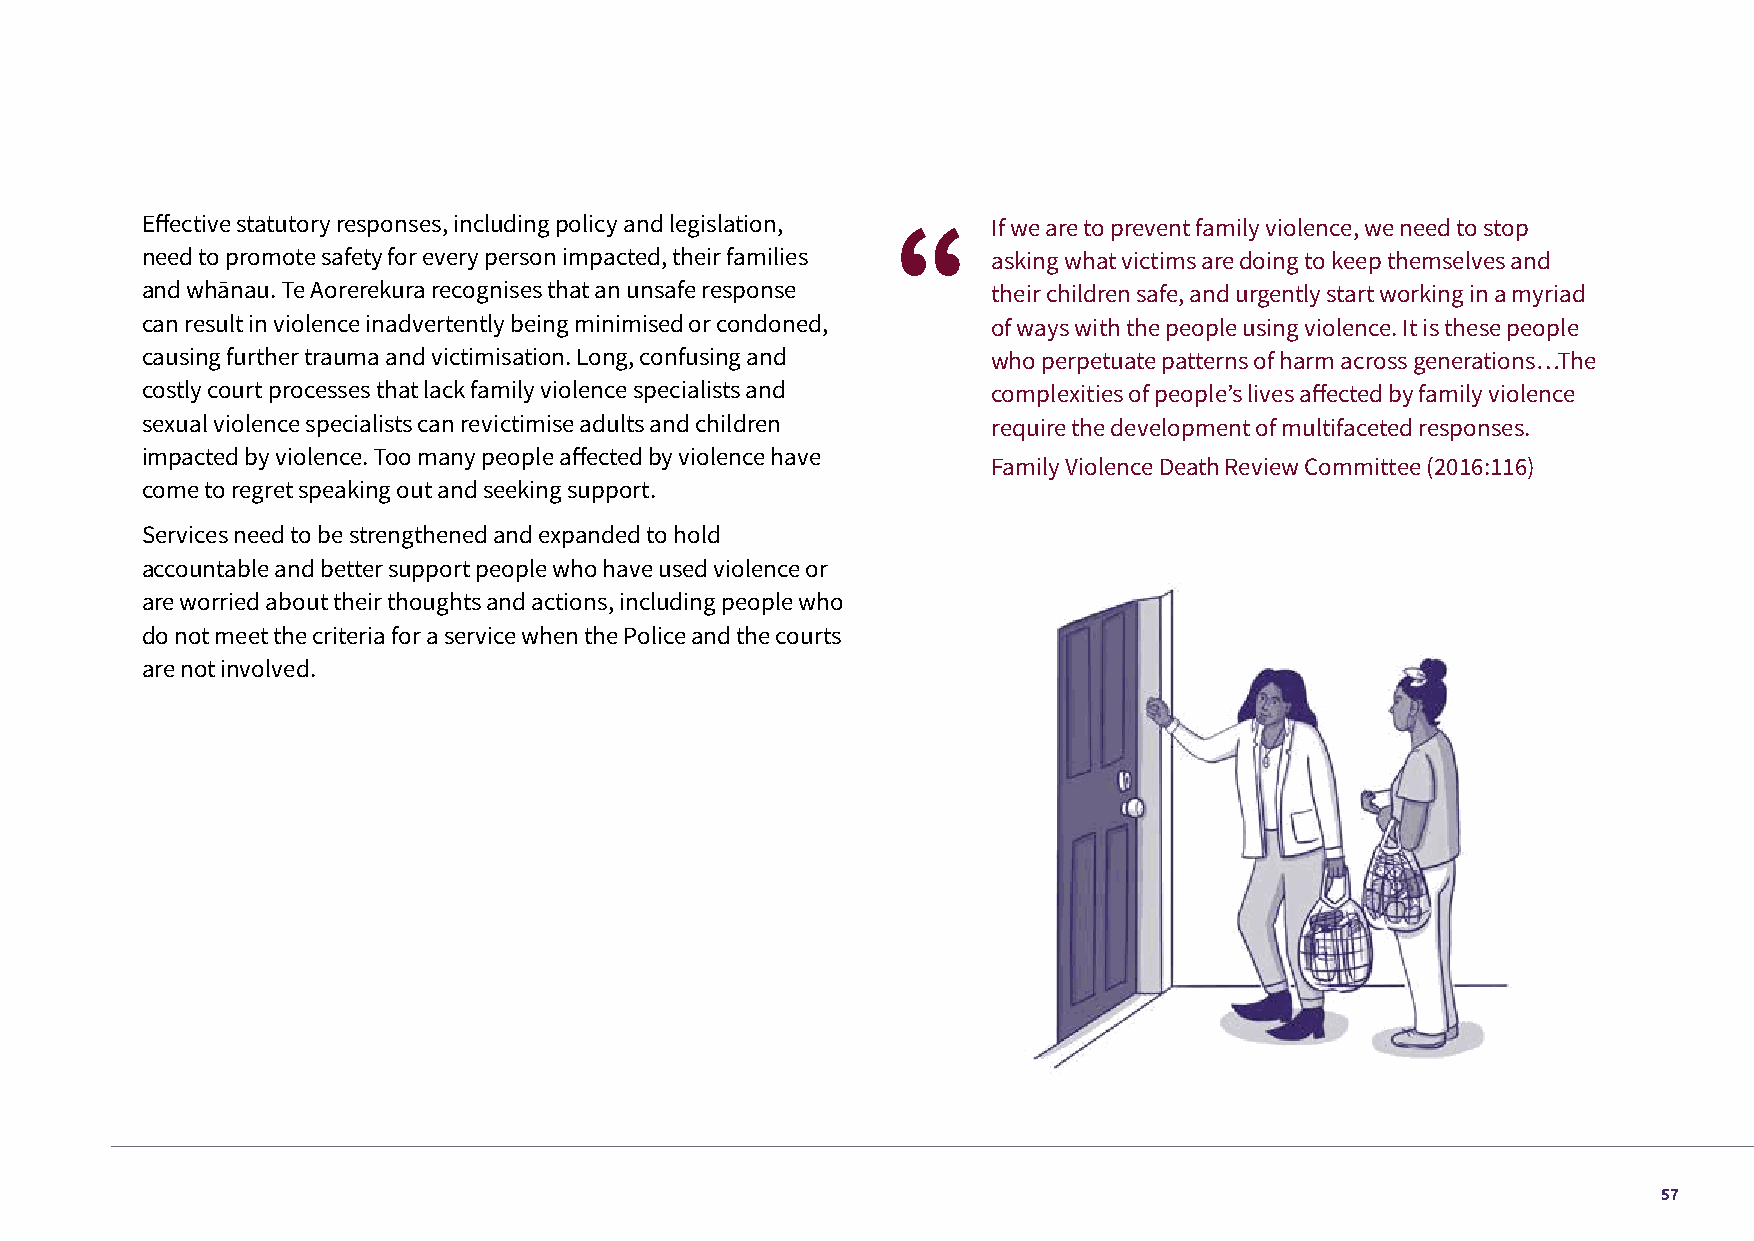
Effective statutory responses, including policy and legislation, If we are to prevent family violence, we need to stop
 need to promote safety for every person impacted, their families asking what victims are doing to keep themselves and
 and whānau. Te Aorerekura recognises that an unsafe response their children safe, and urgently start working in a myriad
 can result in violence inadvertently being minimised or condoned, of ways with the people using violence. It is these people
 causing further trauma and victimisation. Long, confusing and who perpetuate patterns of harm across generations…The
 costly court processes that lack family violence specialists and complexities of people’s lives affected by family violence
 sexual violence specialists can revictimise adults and children require the development of multifaceted responses.
 impacted by violence. Too many people affected by violence have
 Family Violence Death Review Committee (2016:116)
 come to regret speaking out and seeking support.
 Services need to be strengthened and expanded to hold
 accountable and better support people who have used violence or
 are worried about their thoughts and actions, including people who
 do not meet the criteria for a service when the Police and the courts
 are not involved.
 57